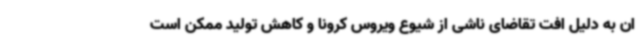
ان به دلیل افت تقاضای ناشی از شیوع ویروس کرونا و کاهش تولید ممکن است